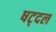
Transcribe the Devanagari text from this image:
षट्दल